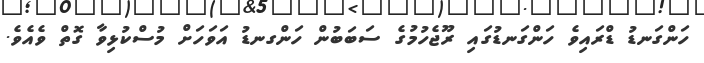
ހަންގަނޑު ޑްރައިވެ ހަންގަނޑުގައި ރޫޖެހުމުގެ ސަބަބުން ހަންގނޑު އަވަހަށް މުސްކުޅިވާ ގޮތް ވެއެވެ.